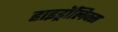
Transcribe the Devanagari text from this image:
हाइड्रॉलिक्स